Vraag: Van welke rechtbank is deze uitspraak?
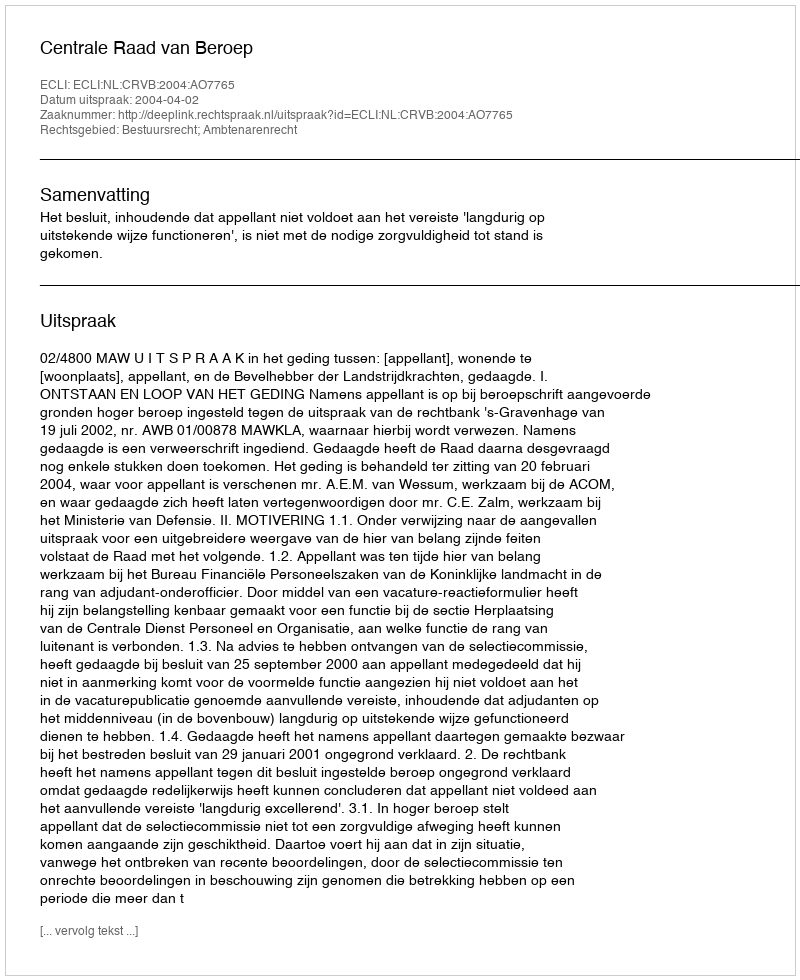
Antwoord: Centrale Raad van Beroep